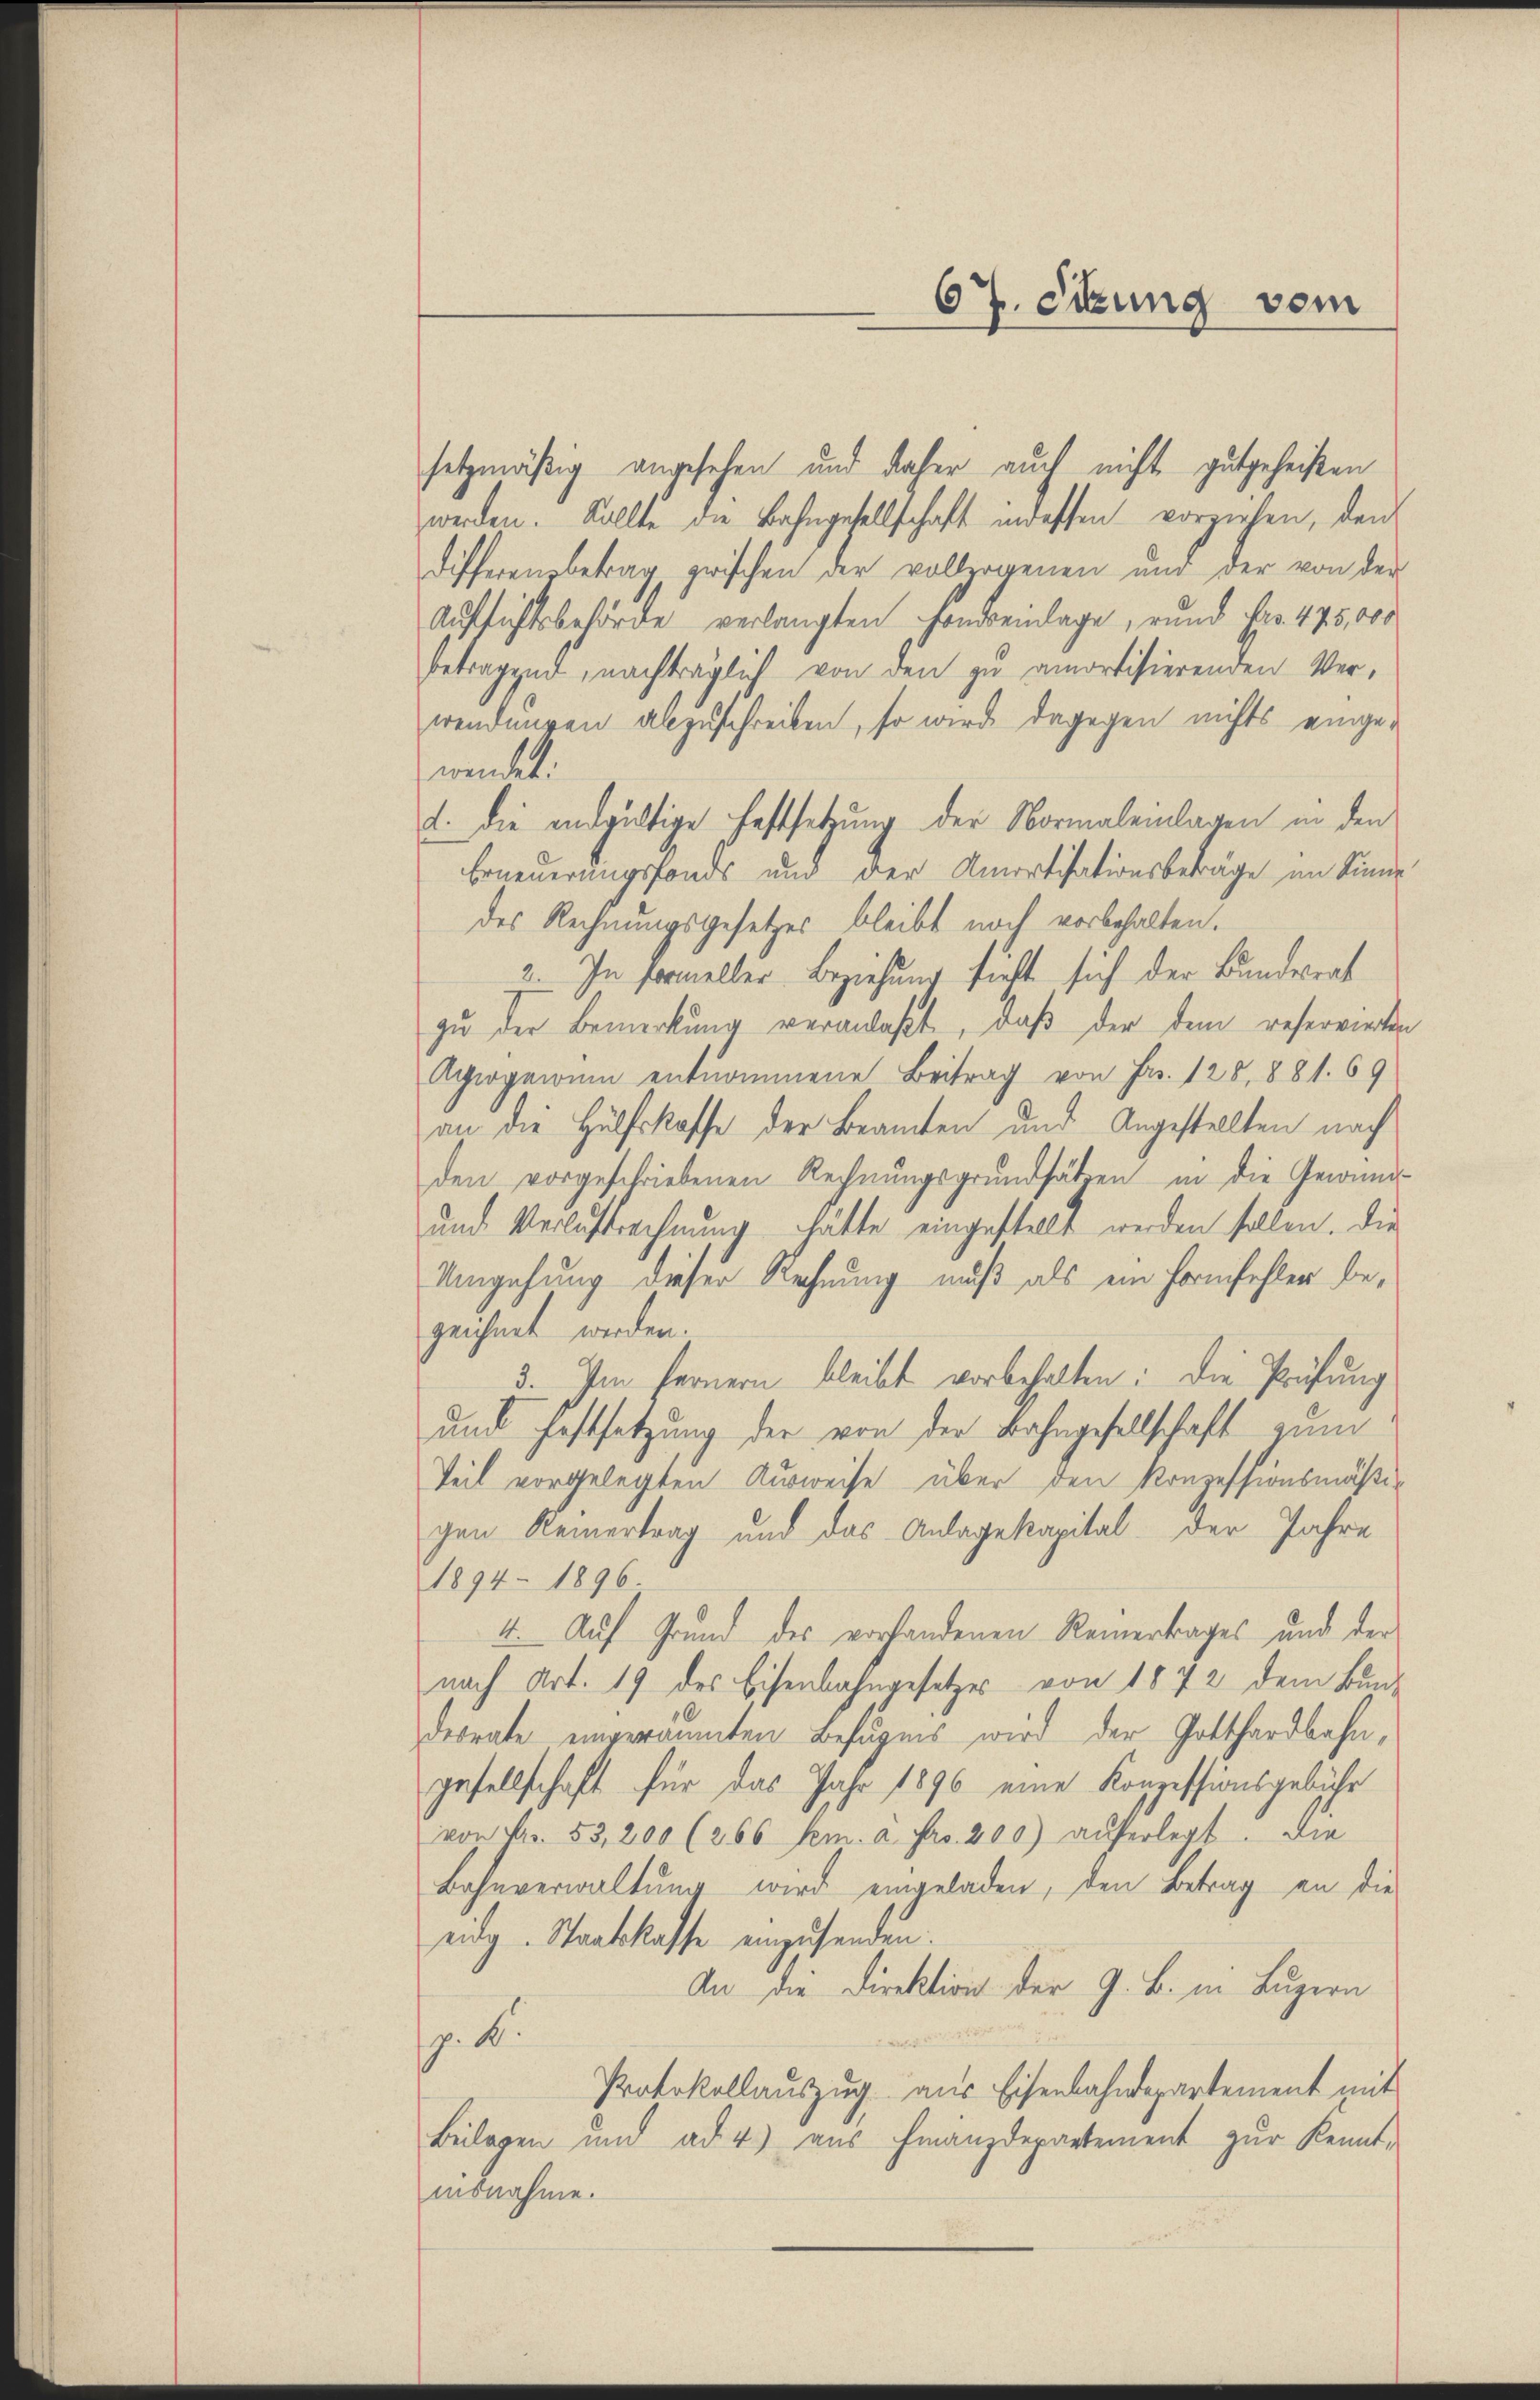
67. Sitzung vom

setzmäßig angesehen und daher auch nicht gutgeheißen
werden. Sollte die Bahngesellschaft indessen vorziehen, den
differensbetrag zwischen der vollzogenen und der von der
Aufsichtsbehörde verlangten Handweinlage, rund Fr. 475,000
betragend nachträglich von den zu amortisierenden Ver-
wendungen abzuschreiben, so wird dagegen nichts einge-
wendet.
2. Die endgültige Festsetzung der Normaleinlagen in den
Erneuerungsfonds und der Amortisationsbeträge im Sinne
des Rechnungsgesetzes bleibt noch vorbehalten.
2. In Formeller Beziehung sieht sich der Bundesrat
zu der Bemerkung veranlaßt, daß der dem reservierten
Agiogeium entnommene Beitrag von Fr. 128, 881. 69
an die Hülfskoffe der Beamten und Angestellten nach
den vorgeschriebenen Rechnŭngsgrundsätzen in die Gewind-
und Verlustrechnung hätte eingestellt werden sollen. Die
Umgehung dieser Rechnung muß als ein Formfehler bezeichnet werden.
7. Im fernern bleibt vorbehalten: die Prüfung
und Festsetzung der von der Bahngesellschaft zum
Teil vorgelegten Ausweise über den Konzessionsmäßigen Reinertrag und das Anlagekapital der Jahre
1894– 1896
4. Auf Grund des vorhandenen Reinertrages und der
nach Art. 19 des Eisenbahngesetzes von 1872 dem Bundesrate eingeräumten Befugnis wird der Gotthardbahngesellschaft für das Jahr 1896 eine Konzessionsgebühr
von Fr. 53,200 (266 kem. a. pro. 200) auferlegt. Die
Bahnverwaltung wird eingeladen, den Betrag an die
eidg. Staatskasse einzusenden
An die Direktion der G. B. in Luzern
.B.
Protokollaŭszŭg aŭs Eisenbahndepartement mit
Beilagen und ad 4) aus Finanzdepartement zŭr Kennt-
ausnahme.